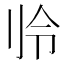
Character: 𫥻